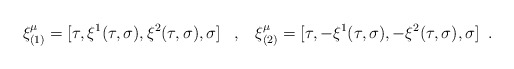
\begin{align*} \xi^{\mu}_{(1)}=[\tau,\xi^{1}(\tau,\sigma),\xi^{2}(\tau,\sigma),\sigma] \;\;\;,\;\;\; \xi^{\mu}_{(2)}=[\tau,-\xi^{1}(\tau,\sigma),-\xi^{2}(\tau,\sigma),\sigma] \;\;.\end{align*}